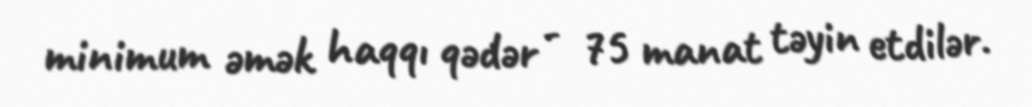
minimum əmək haqqı qədər - 75 manat təyin etdilər.